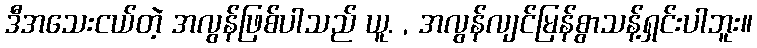
ဒီအသေးငယ်တဲ့ အလွန်ဖြစ်ပါသည် ယူ. , အလွန်လျင်မြန်စွာသန့်ရှင်းပါဘူး။